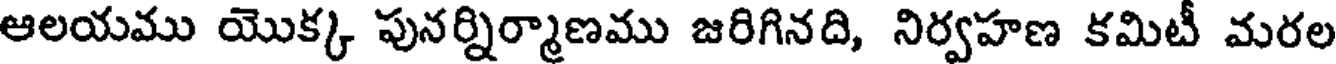
ఆలయము యొక్క పునర్నిర్మాణము జరిగినది, నిర్వహణ కమిటీ మరల